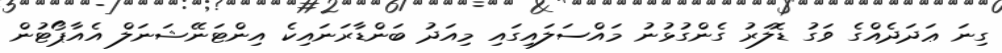
ގިނަ ޢަދަދެއްގެ ވަގު ޑޮލަރު ގެންގުޅުނު މައްސަލައިގައި މިއަދު ބަންޑާރަނައިކެ އިންޓަނޭޝަނަލް އެއާޕޯޓުން